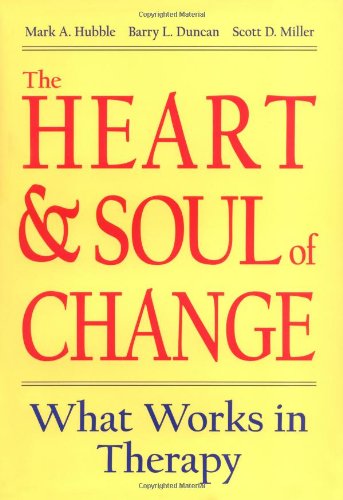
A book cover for The Heart & Soul of Change: What Works in Therapy; Health, Fitness & Dieting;